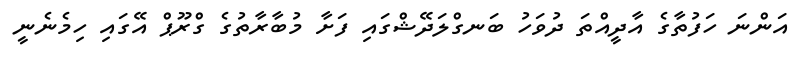
އަންނަ ހަފުތާގެ އާދީއްތަ ދުވަހު ބަނގްލަދޭޝްގައި ފަށާ މުބާރާތުގެ ގްރޫޕް އޭގައި ހިމެނެނީ